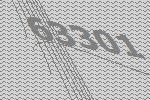
63301